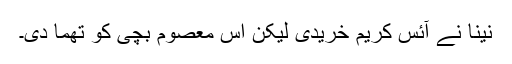
نینا نے آئس کریم خریدی لیکن اس معصوم بچی کو تھما دی۔